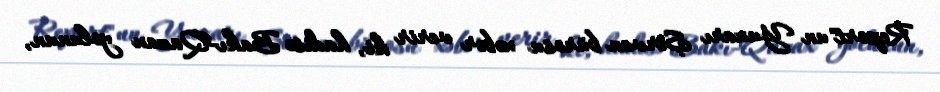
Report"un Yuxarı Şirvan bürosu xəbər verir ki, hadisə Bakı-Qazax yolunun,